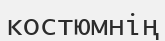
костюмнің